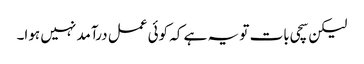
لیکن سچی بات تو یہ ہے کہ کوئی عمل درآمد نہیں ہوا۔